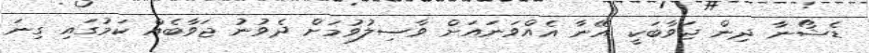
ޑެޝޯނާ ދިން ޖަވާބަކީ އޭނާ އެއްވަނައަށް ވާސިލުވުމަށް ދެވުނު ޖަވާބެއް ކަމުގައި ގިނަ